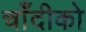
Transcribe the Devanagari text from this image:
चाँदीको